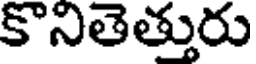
కొనితెత్తురు